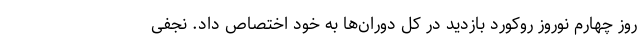
روز چهارم نوروز روکورد بازدید در کل دوران‌ها به خود اختصاص داد. نجفی